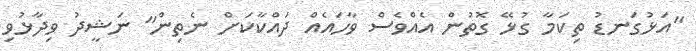
"އަޅުގަނޑު ތިކަމާ ގުޅޭ ގޮތުން އެއްްވެސް ވާހައެއް ދައްްކާކަށް ނެތިން" ނަޝީދު ވިދާޅުވި